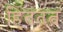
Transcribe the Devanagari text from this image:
हिततत्व